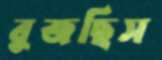
বুজছিস